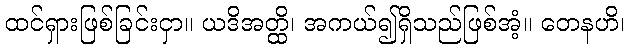
ထင်ရှားဖြစ်ခြင်းငှာ။ ယဒိအတ္ထိ၊ အကယ်၍ရှိသည်ဖြစ်အံ့။ တေနဟိ၊